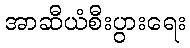
အာဆီယံစီးပွားရေး